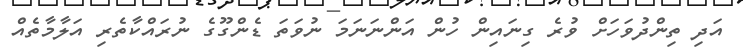
އަދި ތިންދުވަހަށް ވުރެ ގިނައިން ހުން އަންނަނަމަ ނުވަތަ ޑެންގޫގެ ނުރައްކާތެރި އަލާމާތެއް